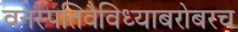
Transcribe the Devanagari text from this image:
वनस्पतिवैविध्याबरोबरच